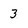
Character: 3